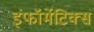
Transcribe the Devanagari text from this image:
इंफॉर्मेटिक्स